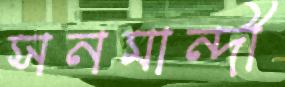
সনমান্দী